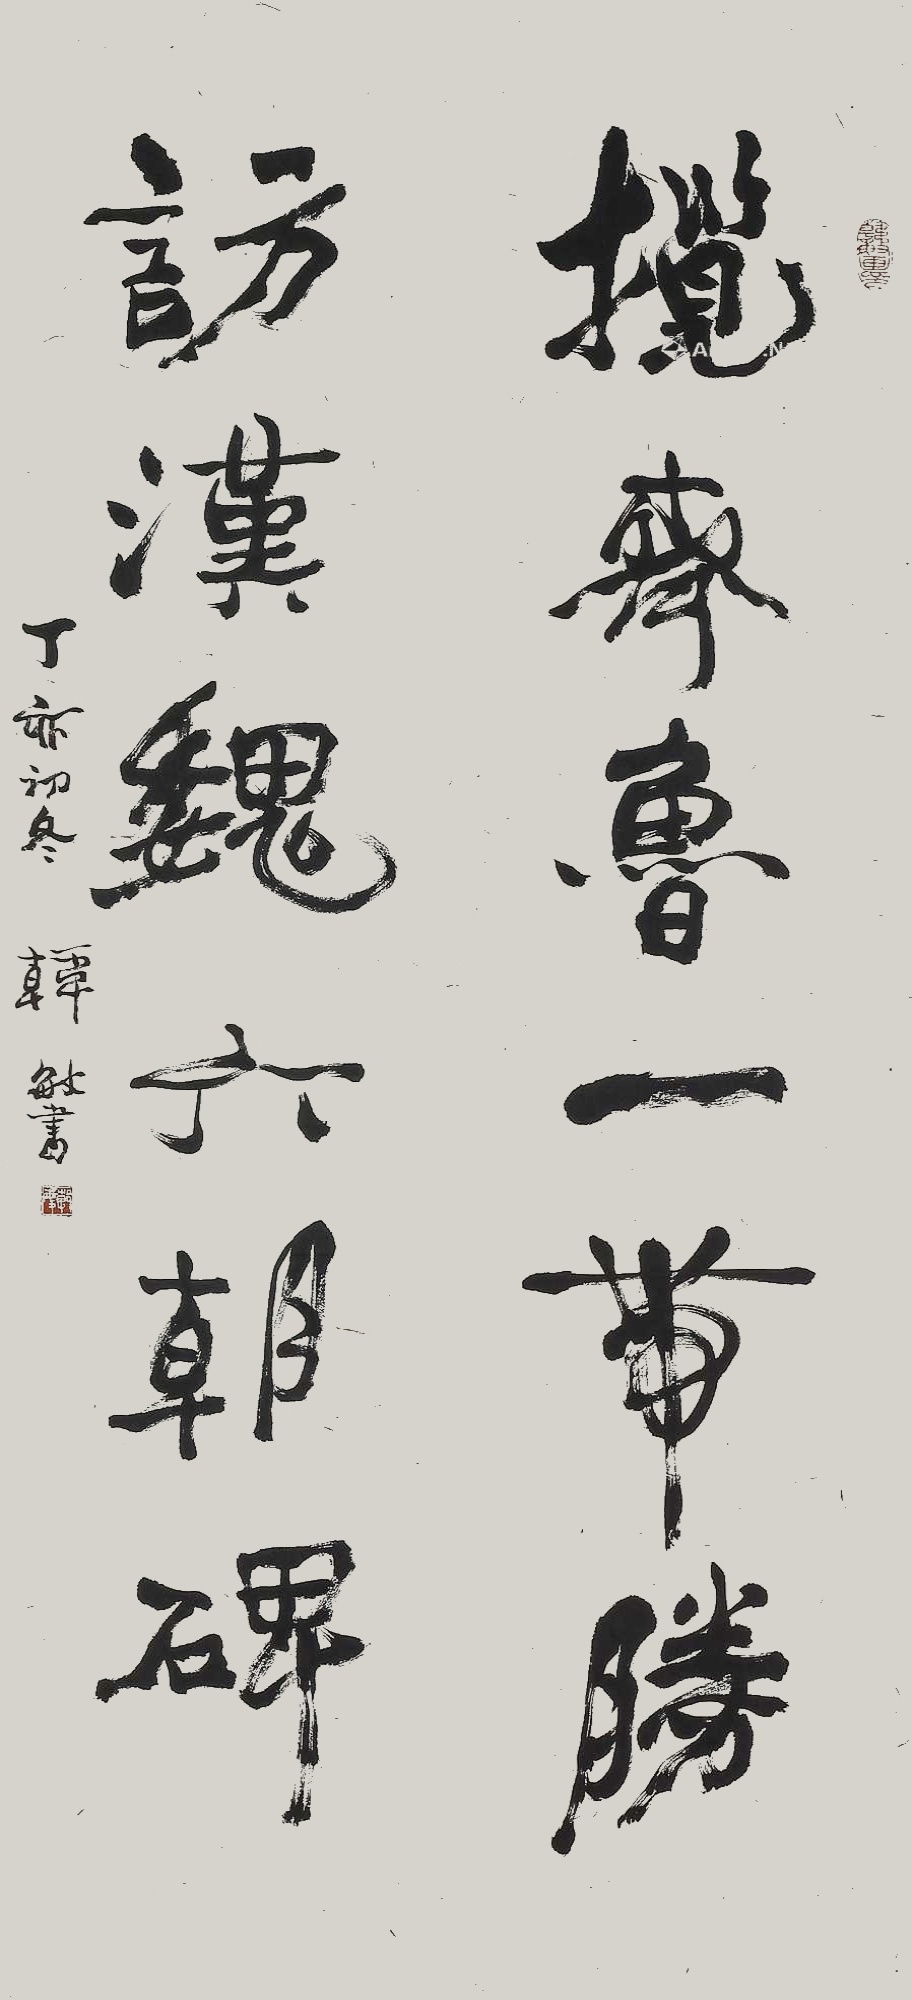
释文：揽齐鲁一带胜，访汉魏六朝碑。丁卯初冬，韩敏书。